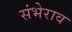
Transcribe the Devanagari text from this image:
संभेराव